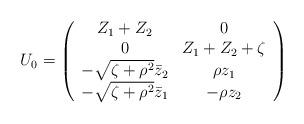
LaTeX: \begin{align*}U_0=\left(\begin{array}{cc} Z_1+Z_2 & 0 \\ 0 & Z_1+Z_2+\zeta \\-\sqrt{\zeta+\rho^2}\bar z_2 & \rho z_1 \\ -\sqrt{\zeta+\rho^2}\bar z_1 & -\rho z_2 \end{array}\right)\end{align*}